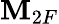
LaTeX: \mathbf{M}_{2F}